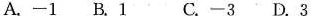
A.-1 B.1 C.-3 D.3